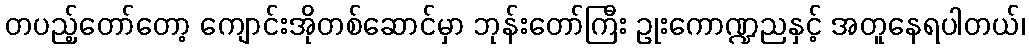
တပည့်တော်တော့ ကျောင်းအိုတစ်ဆောင်မှာ ဘုန်းတော်ကြီး ဥုးကောဏ္ဍညနှင့် အတူနေရပါတယ်၊